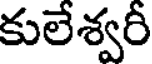
కులేశ్వరీ